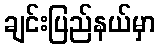
ချင်းပြည်နယ်မှာ